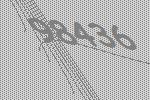
98436